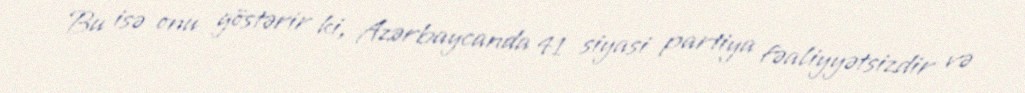
Bu isə onu göstərir ki, Azərbaycanda 41 siyasi partiya fəaliyyətsizdir və